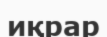
иқрар